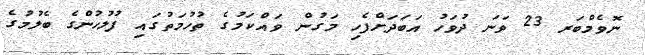
ނޮވެމްބަރ 23 ވަނަ ދުވަހު އަބަދަށްފެހި މަގުން ވައްކަމުގެ ތުހުމަތުގައި ފުލުހުންގެ ބެލުމުގެ